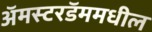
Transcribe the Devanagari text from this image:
अॅमस्टरडॅममधील